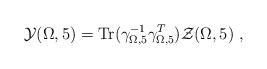
LaTeX: \begin{align*}{\cal Y}(\Omega,5)={\rm Tr}(\gamma_{\Omega,5}^{-1}\gamma_{\Omega,5}^T) {\cal Z}(\Omega,5)~,\end{align*}